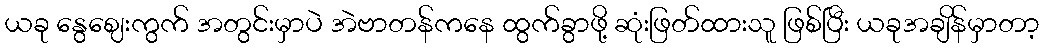
ယခု နွေဈေးကွက် အတွင်းမှာပဲ အဲဗာတန်ကနေ ထွက်ခွာဖို့ ဆုံးဖြတ်ထားသူ ဖြစ်ပြီး ယခုအချိန်မှာတာ့